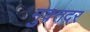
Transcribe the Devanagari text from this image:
मुक़्तदर